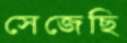
সেজেছি